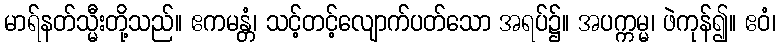
မာရ်နတ်သ္မီးတို့သည်။ ဧကမန္တံ၊ သင့်တင့်လျောက်ပတ်သော အရပ်၌။ အပက္ကမ္မ၊ ဖဲကုန်၍။ ဧဝံ၊